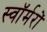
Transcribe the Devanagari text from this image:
स्वॉर्मरों